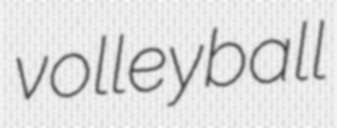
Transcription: volleyball